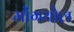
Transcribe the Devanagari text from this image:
मोंगयोल